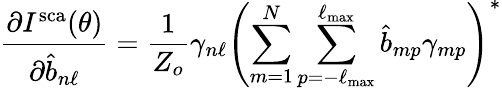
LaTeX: \frac{\partial I^{\mathrm{sca}}(\theta)}{\partial\hat{b}_{n\ell}}=\frac{1}{Z_{o}}\gamma_{n\ell}\left(\sum_{m=1}^{N}\sum_{p=-\ell_{\mathrm{max}}}^{\ell_{\mathrm{max}}}\hat{b}_{mp}\gamma_{mp}\right)^{*}